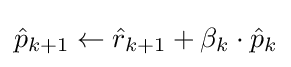
{\hat {p}}_{k+1}\leftarrow {\hat {r}}_{k+1}+\beta _{k}\cdot {\hat {p}}_{k}